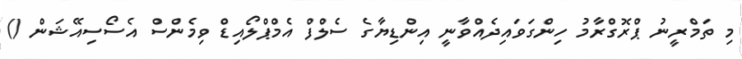
މި ތަމްރީނު ޕްރޮގްރާމު ހިންގަވައިދެއްވާނީ އިންޑިޔާގެ ސެލްފް އެމްޕްލޯއިޑް ވިމެންސް އެސޯސިއޭޝަން ()